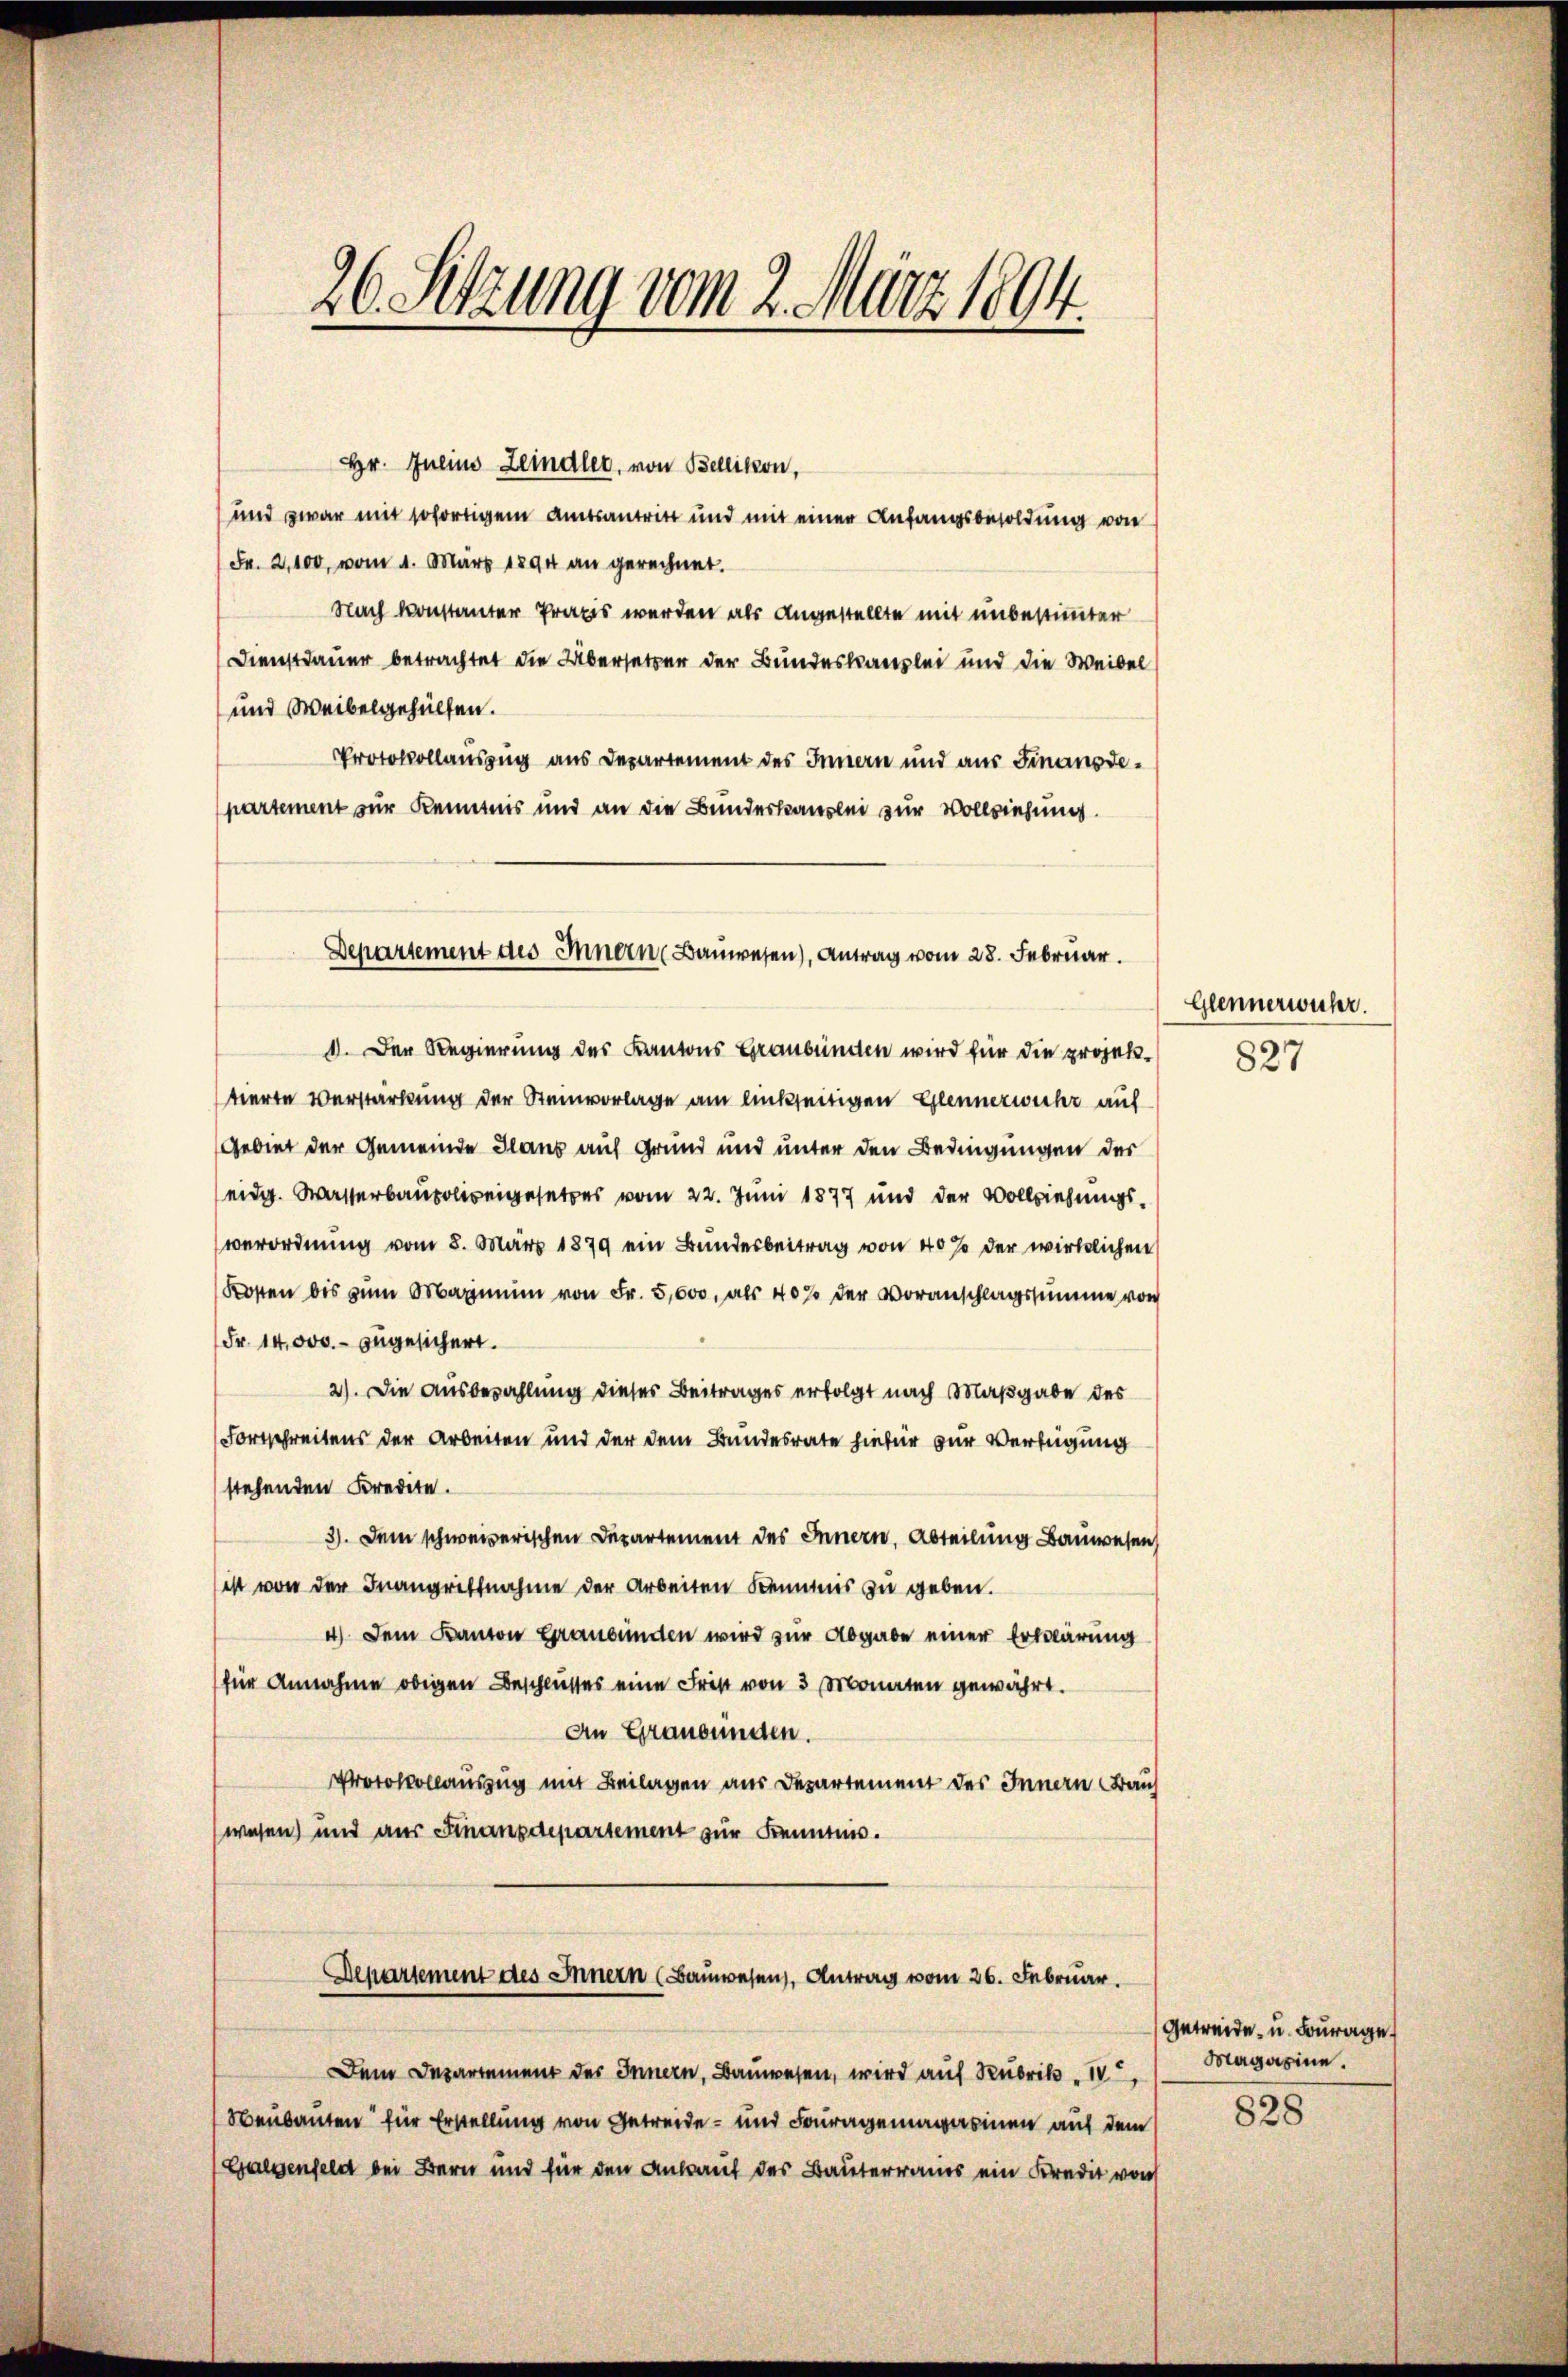
26. Setzung vom 2. März 1894.

Hr. Julius Zeindler, von Bellikon,
und zwar mit sofortigem Amtsantritt und mit einer Anfangsbesoldung von
Fr. 2,100, vom 1. März 1894 an gerechnet.
Nach konstanter Praxis werden als Angestellte mit unbestimmter
Dienstdauer betrachtet die Übersetzer der Bundeskanzlei und die Weibel
und Weibelgehülfen.
Protokollauszug aus Departement des Innern und aus Finanzdipartement zur Kenntnis und an die Bundeskanzlei zur Vollziehung.
1. Der Regierung des Kantons Graubünden wird für die projektierte Verstärkung der Steinvorlage am linkseitigen Glennerwicht auf
Gebiet der Gemeinde Hans auf Grund und unter den Bedingungen der
eidg. Wasserbaupolizeigesetzes vom 22. Juni 1877 und der Vollziehungsverordnung vom 3. März 1879 ein Bundesbeitrag von 40% der wirklichen
Kosten bis zum Maximum von Fr. 5,000, als 40% der Voranschlagssumme von
Fr. 14,000. zugesichert.
2). Die Ausbezahlung dieses Beitrages erfolgt nach Maßgabe des
(Fortschreitens der Arbeiten und der dem Bundesrate hiefür zur Verfügung
stehenden Kredite.
3). Dem schweizerischen Departement des Innern, Abteilung Bauwesen
ist von der Inangriffnahme der Arbeiten Kenntnis zu geben.
4). Dem Kanton Graubünden wird zur Abgabe einer Erklärung
für Annahme obigen Beschlusses eine Frist von 3 Monaten gewährt.
An Graubungen.
Protokollauszug mit Beilagen aus Departement des Innern Frau
wesen und aus Finanzdepartement zur Kenntnis.
Departement des Innern (Bauwesen, Antrag vom 26. Februar.
Dem Departement des Innern, Bauwesen, wird auf Rubrik „ IV,
Neubauten für Erstellung von Getreide- und Fouragemagazinen auf dem
Galgenfeld bei Bern und für den Ankauf des Bauterrains ein Kredit von

Departement des Innern Bauwesen), Antrag vom 28. Februar.

Glennerwuhr.
827

Getreide u. Fourage
Magazine.

828